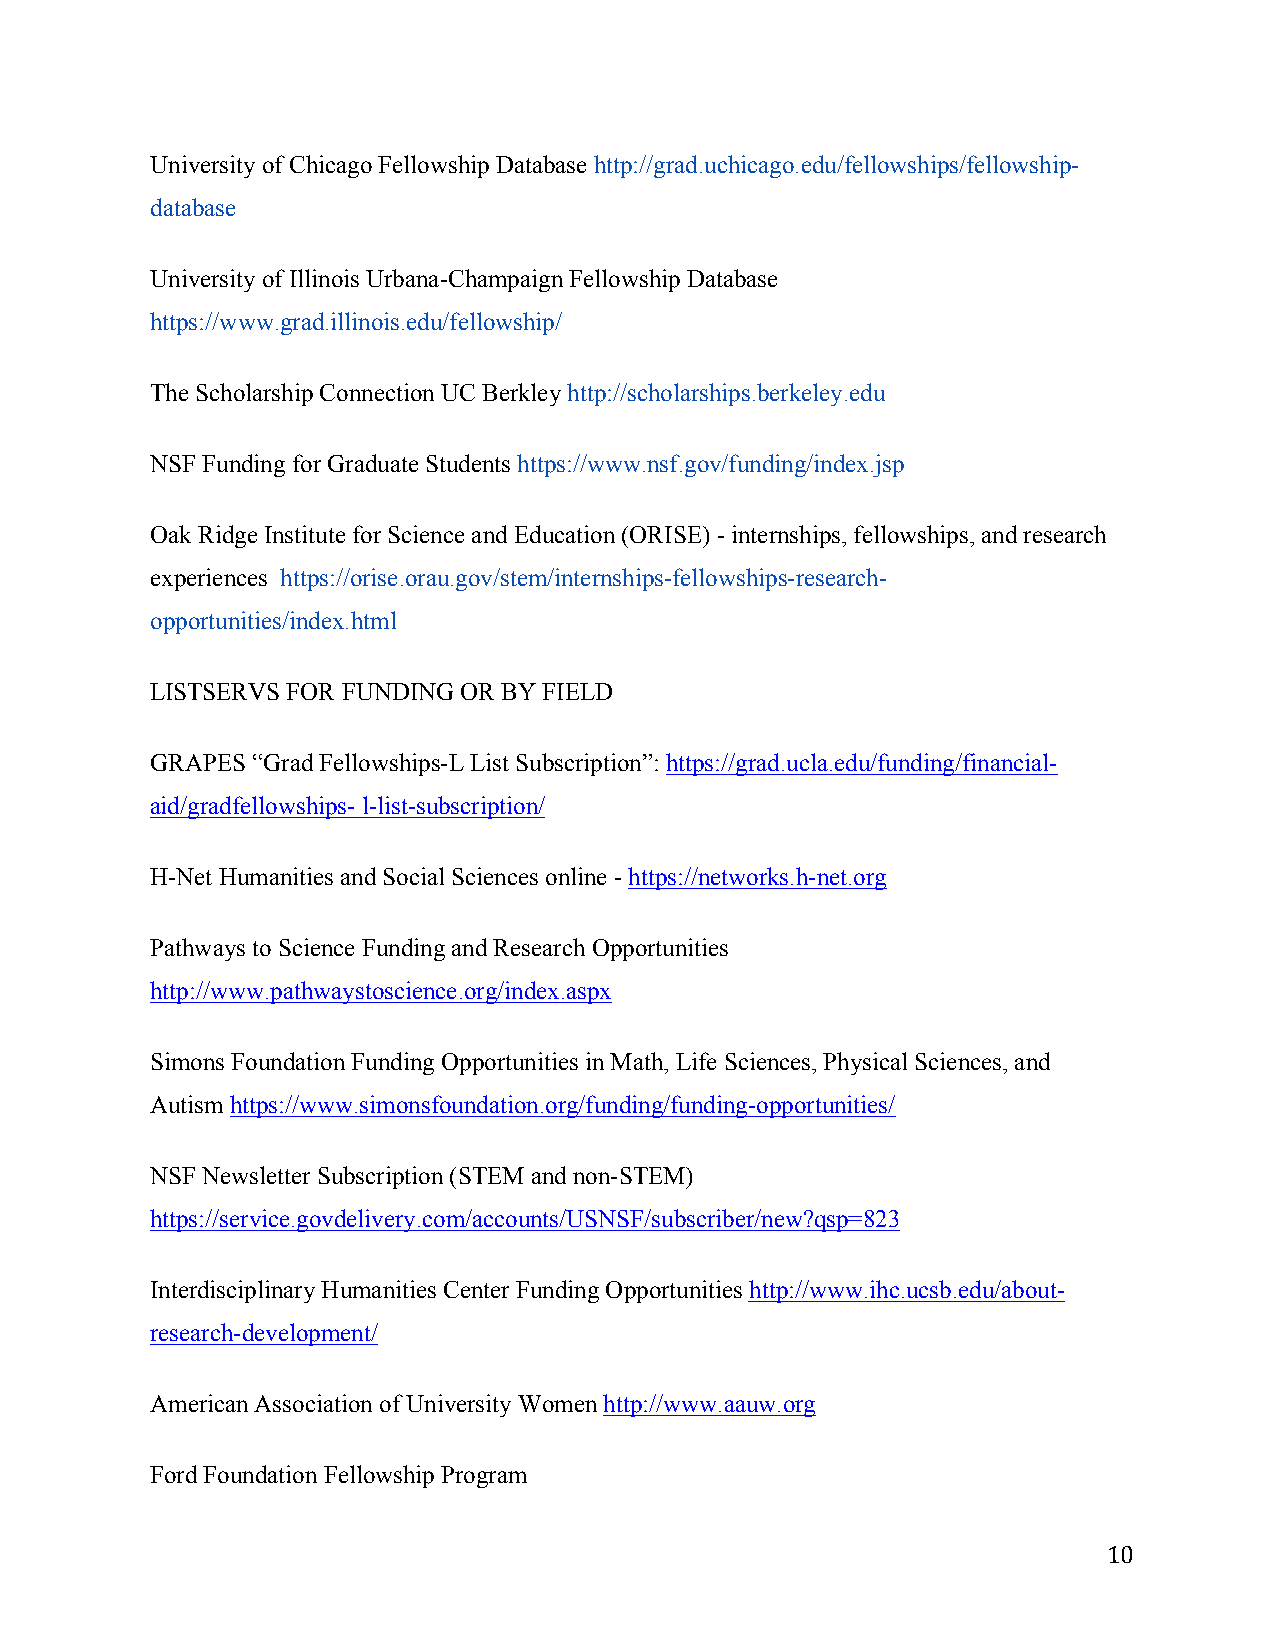
University of Chicago Fellowship Database http://grad.uchicago.edu/fellowships/fellowship-
 database
 University of Illinois Urbana-Champaign Fellowship Database
 https://www.grad.illinois.edu/fellowship/
 The Scholarship Connection UC Berkley http://scholarships.berkeley.edu
 NSF Funding for Graduate Students https://www.nsf.gov/funding/index.jsp
 Oak Ridge Institute for Science and Education (ORISE) - internships, fellowships, and research
 experiences https://orise.orau.gov/stem/internships-fellowships-research-
 opportunities/index.html
 LISTSERVS FOR FUNDING OR BY FIELD
 GRAPES “Grad Fellowships-L List Subscription”: https://grad.ucla.edu/funding/financial-
 aid/gradfellowships- l-list-subscription/
 H-Net Humanities and Social Sciences online - https://networks.h-net.org
 Pathways to Science Funding and Research Opportunities
 http://www.pathwaystoscience.org/index.aspx
 Simons Foundation Funding Opportunities in Math, Life Sciences, Physical Sciences, and
 Autism https://www.simonsfoundation.org/funding/funding-opportunities/
 NSF Newsletter Subscription (STEM and non-STEM)
 https://service.govdelivery.com/accounts/USNSF/subscriber/new?qsp=823
 Interdisciplinary Humanities Center Funding Opportunities http://www.ihc.ucsb.edu/about-
 research-development/
 American Association of University Women http://www.aauw.org
 Ford Foundation Fellowship Program
 10